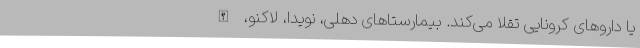
یا داروهای کرونایی تقلا می‌کند. بیمارستا‌های دهلی، نویدا، لاکنو، الله